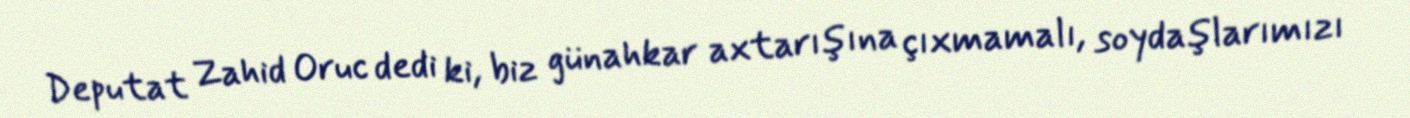
Deputat Zahid Oruc dedi ki, biz günahkar axtarışına çıxmamalı, soydaşlarımızı